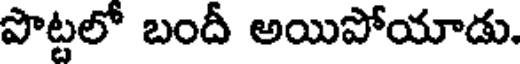
పొట్టలో బందీ అయిపోయాడు.